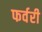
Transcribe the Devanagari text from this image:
फर्वरी